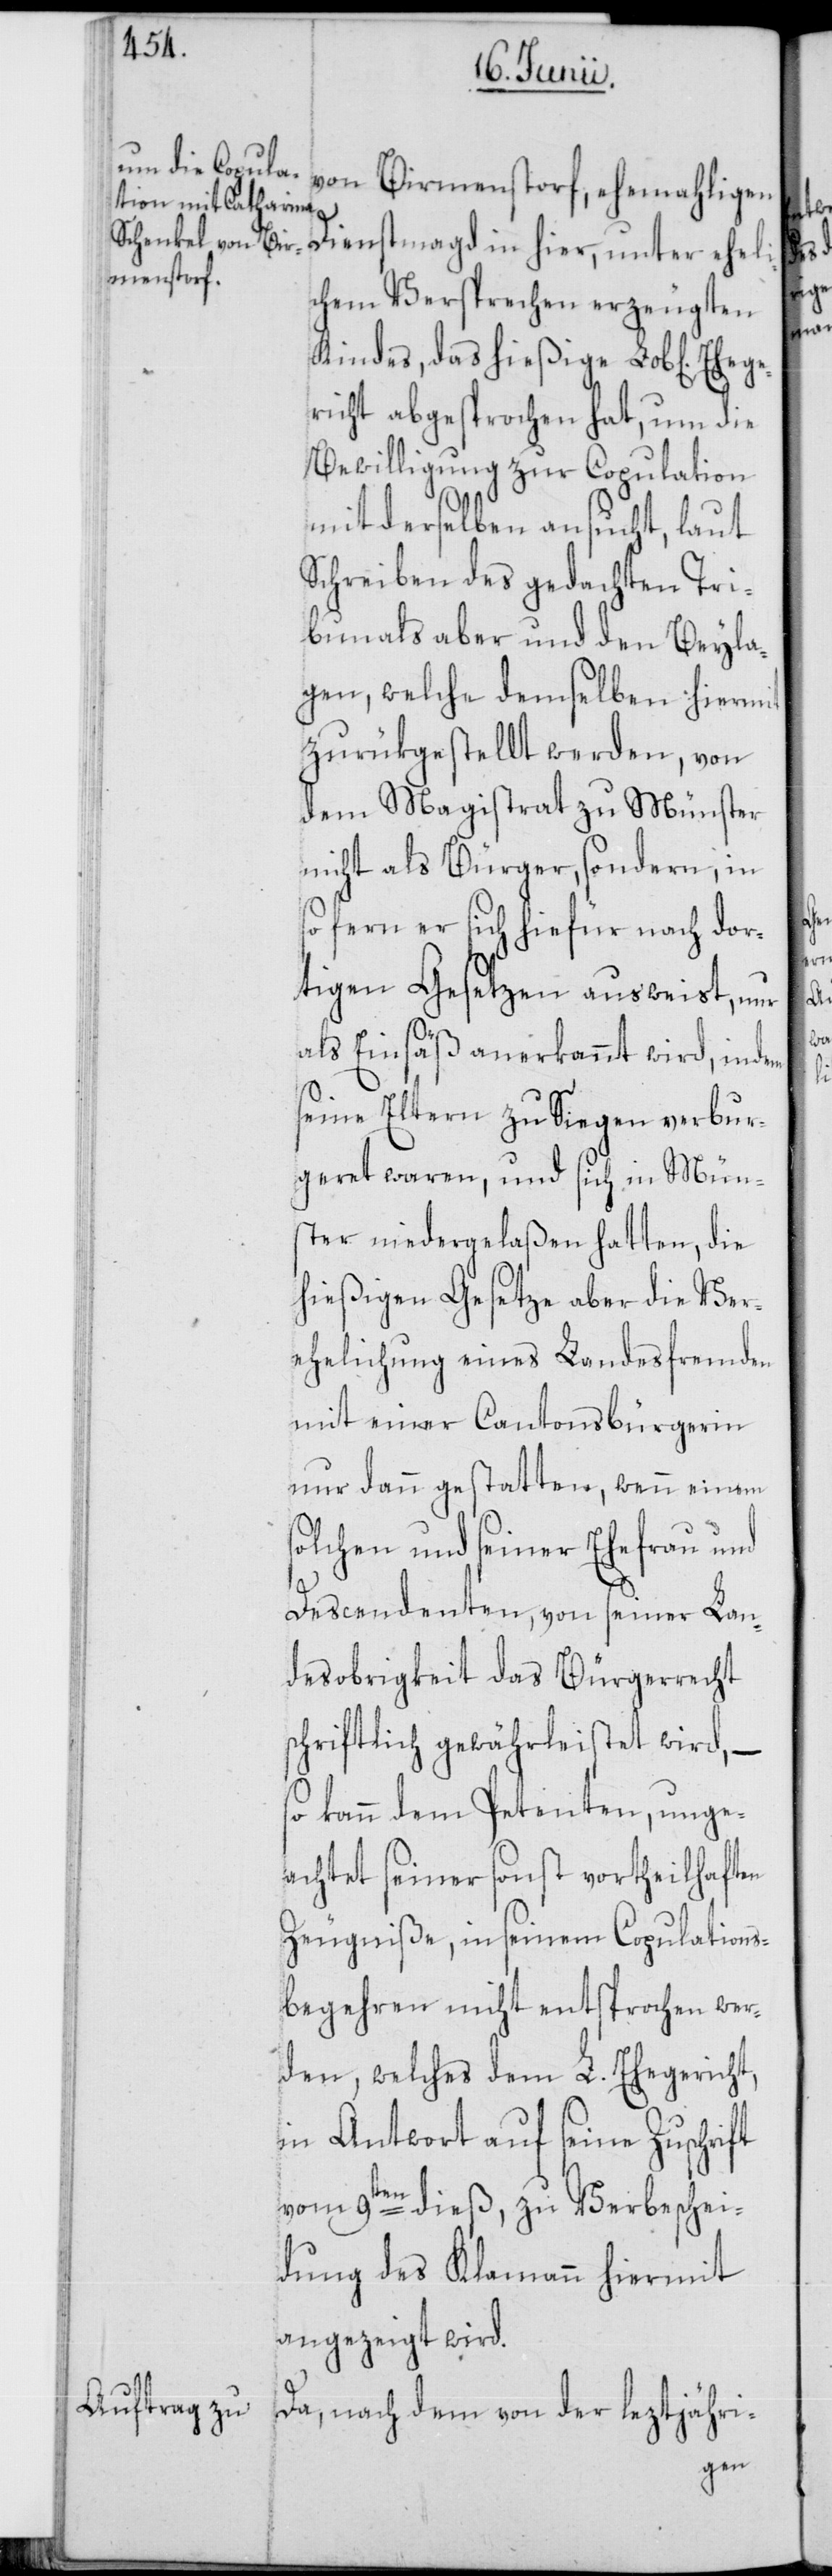
von Birmenstorf, ehemahligen
Dienstmagd in hier, unter eheli¬
chem Versprechen erzeugten
Kindes, das hießige Lob[liche]
richt abgesprochen hat, um die
Bewilligung zur Copulation
mit derselben ansucht, laut
Schreiben des gedachten Tri¬
bunals aber und den Beyla¬
gen, welche demselben hiermit
zurükgestellt werden, von
dem Magistrat zu Münster
nicht als Bürger, sondern, in
so fern er sich hiefür nach dor¬
tigen Gesetzen ausweist, nur
als Einsäß anerkannt wird, indem
seine Eltern zu Siegen verbur¬
geret waren, und sich in Müns¬
ter niedergelaßen hatten, die
hießigen Gesetze aber die Ver¬
ehelichung eines Landesfremden
mit einer Cantonsbürgerin
nur dann gestatten, wenn einem
solchen und seiner Ehefrau und
Descendenten, von seiner Lan¬
desobrigkeit das Bürgerrecht
schriftlich gewährleistet wird, –
so kann dem Petenten, unge¬
achtet seiner sonst vortheilhaften
Zeugniße, in seinem Copulations¬
begehren nicht entsprochen wer¬
den, welches dem L. Ehegericht,
in Antwort auf seine Zuschrift
vom 9ten dieß, zu Verbeschei¬
dung des Klamann hiermit
angezeigt wird.
Da, nach dem von der leztjähri-

Ehege¬